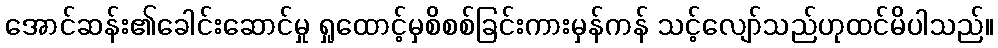
အောင်ဆန်း၏ခေါင်းဆောင်မှု ရှုထောင့်မှစိစစ်ခြင်းကားမှန်ကန် သင့်လျော်သည်ဟုထင်မိပါသည်။